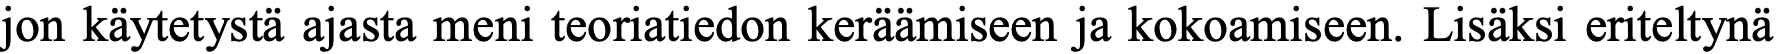
jon käytetystä ajasta meni teoriatiedon keräämiseen ja kokoamiseen. Lisäksi eriteltynä